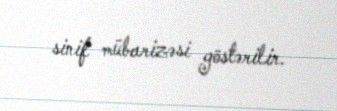
sinif mübarizəsi göstərilir.